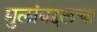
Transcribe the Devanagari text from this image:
मुलांबद्दलचा